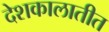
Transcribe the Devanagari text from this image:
देशकालातीत